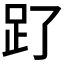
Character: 𧾿